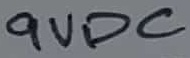
Text: 9VDC